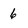
Character: 6